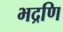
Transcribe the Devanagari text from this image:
भद्रणि